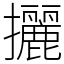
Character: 攦